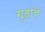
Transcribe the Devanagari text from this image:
गृहांचे